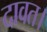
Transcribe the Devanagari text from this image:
दावत।